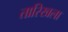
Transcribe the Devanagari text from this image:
तारिखला